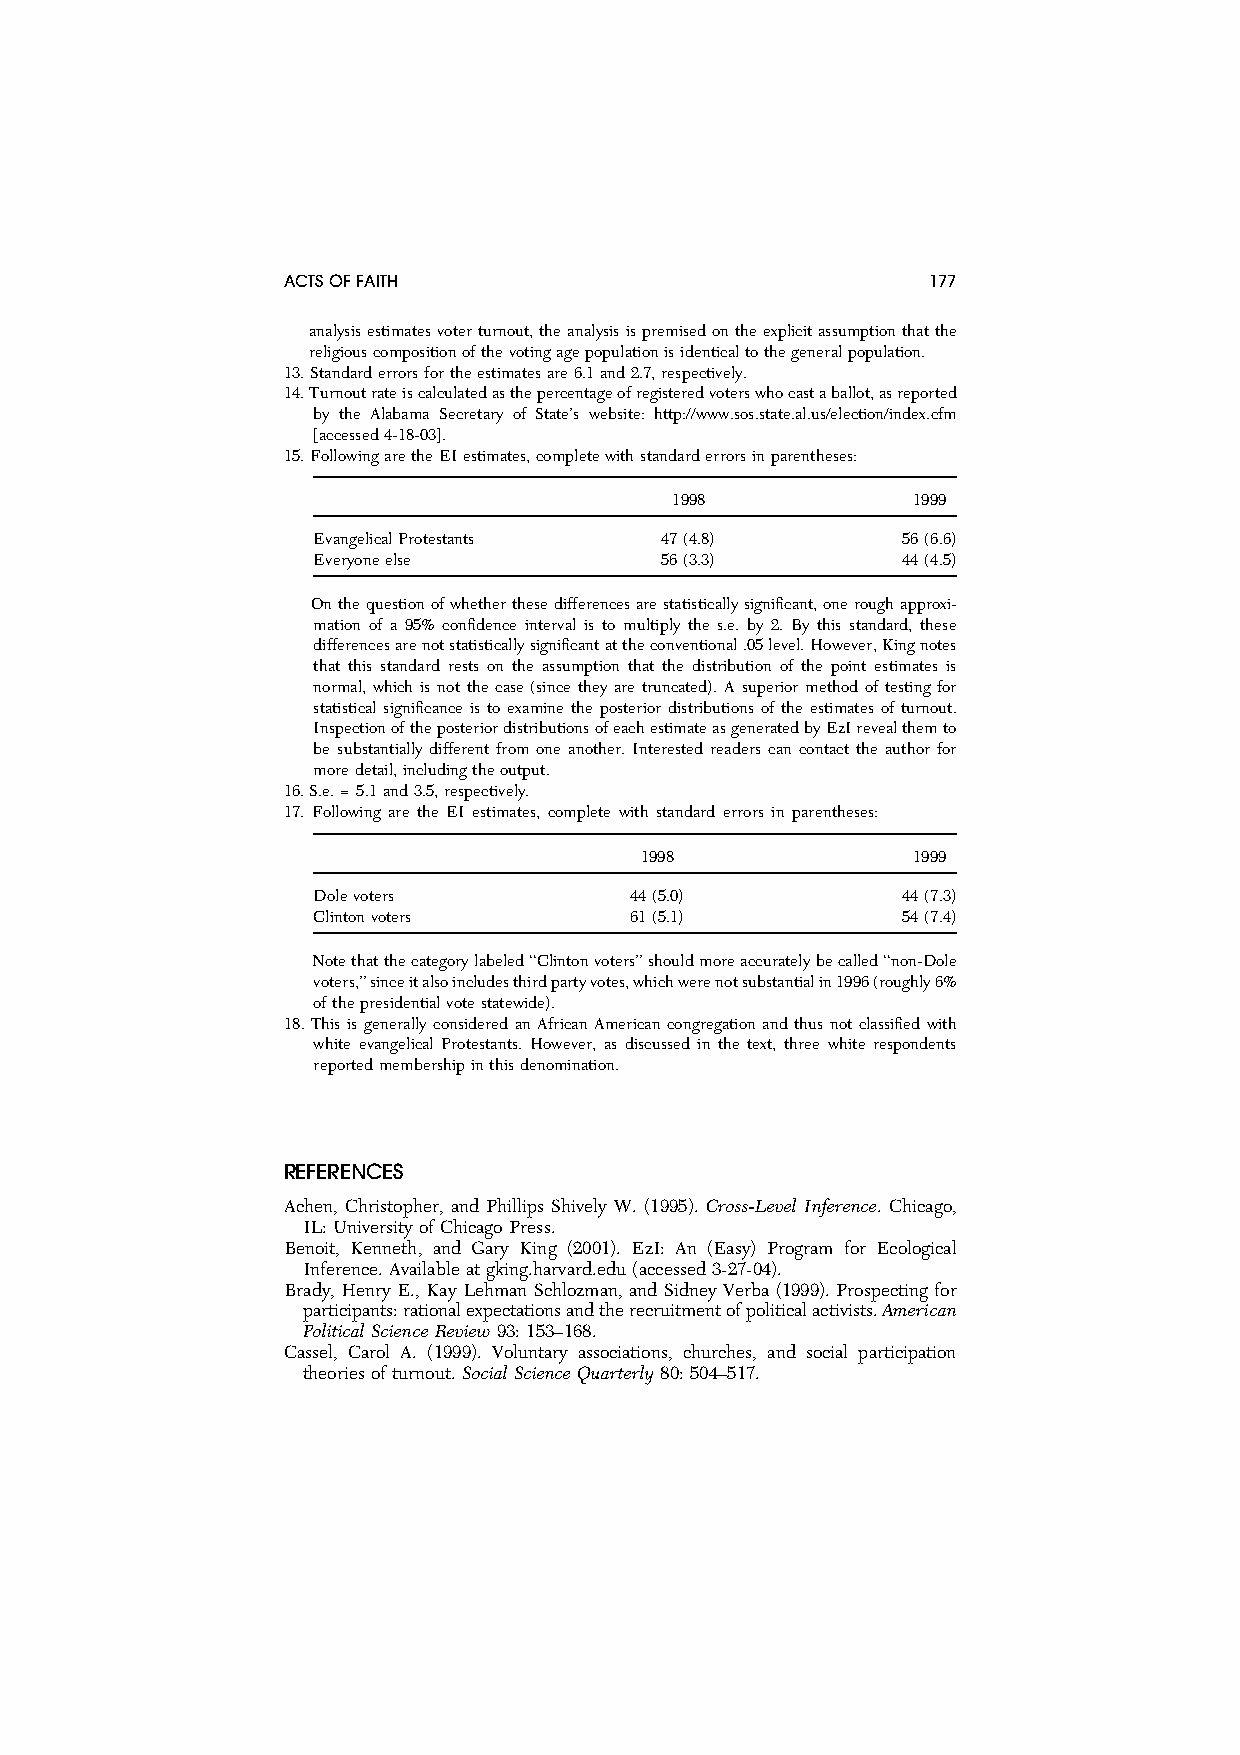
ACTSOFFAITH                               177
 analysisestimatesvoterturnout,theanalysisispremisedontheexplicitassumptionthatthe
 religiouscompositionofthevotingagepopulationisidenticaltothegeneralpopulation.
 13.Standarderrorsfortheestimatesare6.1and2.7,respectively.
 14.Turnoutrateiscalculatedasthepercentageofregisteredvoterswhocastaballot,asreported
 by the Alabama Secretary of State’s website: http://www.sos.state.al.us/election/index.cfm
 [accessed4-18-03].
 15.FollowingaretheEIestimates,completewithstandarderrorsinparentheses:
 1998            1999
 EvangelicalProtestants 47(4.8)         56(6.6)
 Everyoneelse           56(3.3)         44(4.5)
 Onthequestionofwhetherthesedifferencesarestatisticallysignificant,oneroughapproxi-
 mation of a 95% confidence interval is to multiply the s.e. by 2. By this standard, these
 differencesarenotstatisticallysignificantattheconventional.05level.However,Kingnotes
 that this standard rests on the assumption that the distribution of the point estimates is
 normal, which is not the case (since they are truncated). A superior method of testing for
 statistical significance is to examine the posterior distributions of the estimates of turnout.
 InspectionoftheposteriordistributionsofeachestimateasgeneratedbyEzIrevealthemto
 be substantially different from one another. Interested readers can contact the author for
 moredetail,includingtheoutput.
 16.S.e.=5.1and3.5,respectively.
 17. Following are the EI estimates, complete with standard errors in parentheses:
 1998              1999
 Dolevoters           44(5.0)           44(7.3)
 Clintonvoters        61(5.1)           54(7.4)
 Notethatthecategorylabeled‘‘Clintonvoters’’shouldmoreaccuratelybecalled‘‘non-Dole
 voters,’’sinceitalsoincludesthirdpartyvotes,whichwerenotsubstantialin1996(roughly6%
 ofthepresidentialvotestatewide).
 18. This is generally considered an African Americancongregation and thus not classified with
 white evangelical Protestants. However, as discussed in the text, three white respondents
 reportedmembershipinthisdenomination.
 REFERENCES
 Achen, Christopher, and Phillips Shively W. (1995). Cross-Level Inference. Chicago,
 IL:University ofChicago Press.
 Benoit, Kenneth, and Gary King (2001). EzI: An (Easy) Program for Ecological
 Inference.Available at gking.harvard.edu (accessed 3-27-04).
 Brady, Henry E., Kay Lehman Schlozman, and Sidney Verba (1999). Prospecting for
 participants:rationalexpectationsandtherecruitmentofpoliticalactivists.American
 Political Science Review93: 153–168.
 Cassel, Carol A. (1999). Voluntary associations, churches, and social participation
 theoriesofturnout. SocialScience Quarterly 80:504–517.